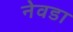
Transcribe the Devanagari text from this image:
नेवडा